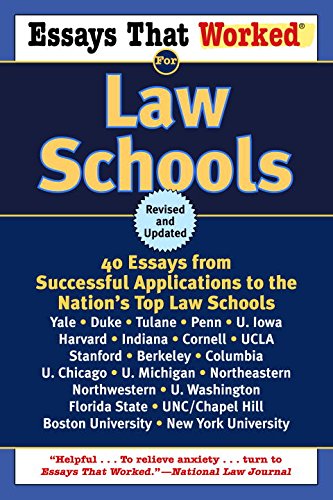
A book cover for Essays That Worked for Law Schools: 40 Essays from Successful Applications to the Nation's Top Law Schools; Boykin Curry; Education & Teaching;